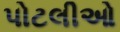
પોટલીઓ